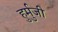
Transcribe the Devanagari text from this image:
हुर्मुजी